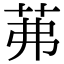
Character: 茀